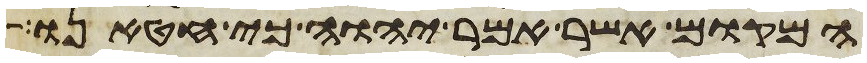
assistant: המקום אשר אמר יהוה כי חטאנו